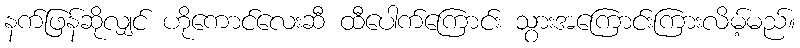
နက်ဖြန်ဆိုလျှင် ဟိုကောင်လေးဆီ ထီပေါက်ကြောင်း သွားအကြောင်းကြားလိမ့်မည်။